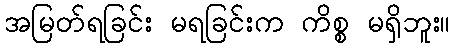
အမြတ်ရခြင်း မရခြင်းက ကိစ္စ မရှိဘူး။